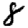
Digit: 8